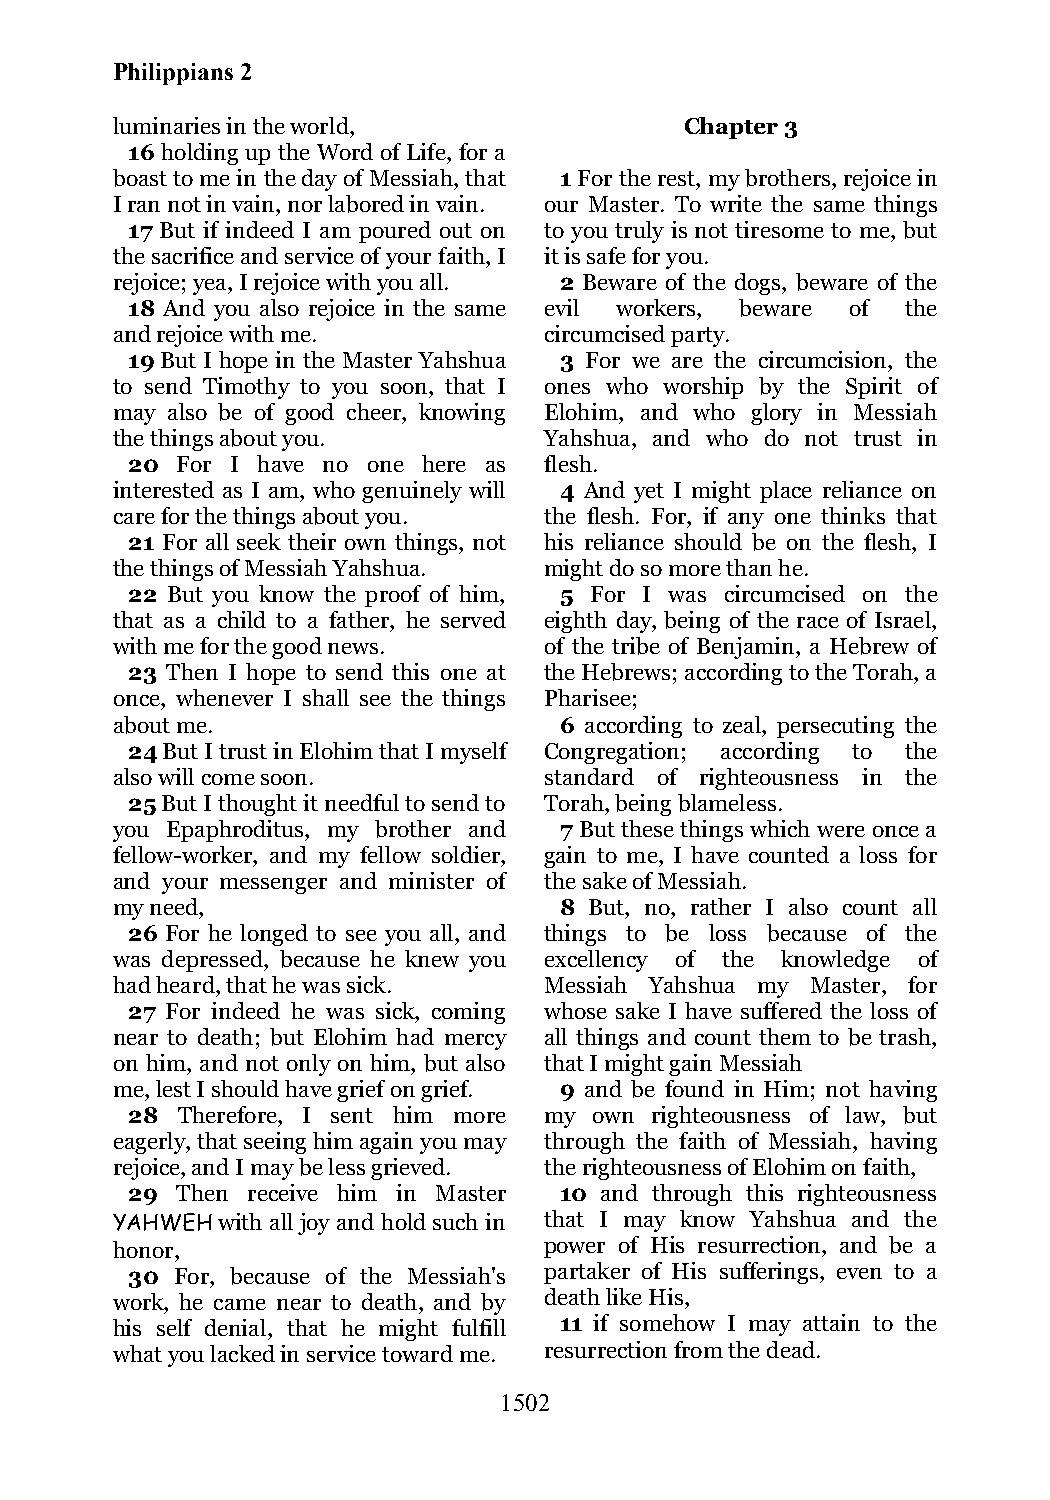
Philippians 2
 luminaries in the world,              Chapter 3
 16 holding up the Word of Life, for a
 boast to me in the day of Messiah, that 1 For the rest, my brothers, rejoice in
 I ran not in vain, nor labored in vain. our Master. To write the same things
 17 But if indeed I am poured out on to you truly is not tiresome to me, but
 the sacrifice and service of your faith, I it is safe for you.
 rejoice; yea, I rejoice with you all. 2 Beware of the dogs, beware of the
 18 And you also rejoice in the same evil workers, beware of the
 and rejoice with me.         circumcised party.
 19 But I hope in the Master Yahshua 3 For we are the circumcision, the
 to send Timothy to you soon, that I ones who worship by the Spirit of
 may also be of good cheer, knowing Elohim, and who glory in Messiah
 the things about you.        Yahshua, and who do not trust in
 20  For I have no one here as flesh.
 interested as I am, who genuinely will 4 And yet I might place reliance on
 care for the things about you. the flesh. For, if any one thinks that
 21 For all seek their own things, not his reliance should be on the flesh, I
 the things of Messiah Yahshua. might do so more than he.
 22 But you know the proof of him, 5 For I was circumcised on the
 that as a child to a father, he served eighth day, being of the race of Israel,
 with me for the good news.   of the tribe of Benjamin, a Hebrew of
 23 Then I hope to send this one at the Hebrews; according to the Torah, a
 once, whenever I shall see the things Pharisee;
 about me.                     6 according to zeal, persecuting the
 24 But I trust in Elohim that I myself Congregation; according to the
 also will come soon.         standard of righteousness in the
 25 But I thought it needful to send to Torah, being blameless.
 you Epaphroditus, my brother and 7 But these things which were once a
 fellow-worker, and my fellow soldier, gain to me, I have counted a loss for
 and your messenger and minister of the sake of Messiah.
 my need,                      8 But, no, rather I also count all
 26 For he longed to see you all, and things to be loss because of the
 was depressed, because he knew you excellency of the knowledge of
 had heard, that he was sick. Messiah Yahshua my Master, for
 27 For indeed he was sick, coming whose sake I have suffered the loss of
 near to death; but Elohim had mercy all things and count them to be trash,
 on him, and not only on him, but also that I might gain Messiah
 me, lest I should have grief on grief. 9 and be found in Him; not having
 28  Therefore, I sent him more my own righteousness of law, but
 eagerly, that seeing him again you may through the faith of Messiah, having
 rejoice, and I may be less grieved. the righteousness of Elohim on faith,
 29  Then receive him in Master 10 and through this righteousness
 YAHWEH with all joy and hold such in that I may know Yahshua and the
 honor,                       power of His resurrection, and be a
 30  For, because of the Messiah's partaker of His sufferings, even to a
 work, he came near to death, and by death like His,
 his self denial, that he might fulfill 11 if somehow I may attain to the
 what you lacked in service toward me. resurrection from the dead.
 1502